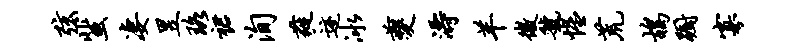
弦蜚凄昱珞裙洵蕤迹冰夔涛羊微虢惺荒鸪蹰寡